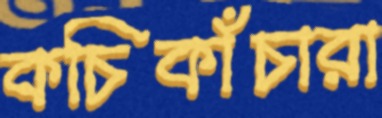
কচিকাঁচারা